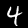
Label: 4